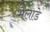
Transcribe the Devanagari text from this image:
भेलाडे